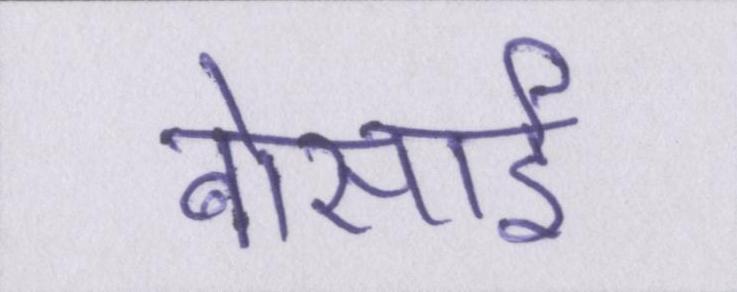
बोंसाई